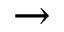
\rightarrow